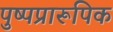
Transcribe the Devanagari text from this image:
पुष्पप्रारूपिक